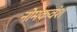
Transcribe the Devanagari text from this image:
नोमकवंश